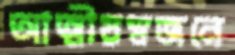
আত্মীয়স্বজনে